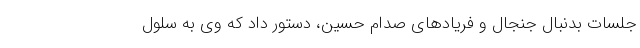
جلسات بدنبال جنجال و فریادهای صدام حسین، دستور داد که وی به سلول